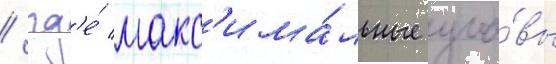
/ гд'е́ макс'има́льные уло́вы